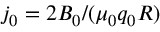
j _ { 0 } = 2 B _ { 0 } / ( \mu _ { 0 } q _ { 0 } R )